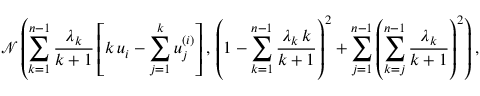
\mathcal { N } \left( \sum _ { k = 1 } ^ { n - 1 } \frac { \lambda _ { k } } { k + 1 } \left[ k \, u _ { i } - \sum _ { j = 1 } ^ { k } u _ { j } ^ { ( i ) } \right] , \, \left( 1 - \sum _ { k = 1 } ^ { n - 1 } \frac { \lambda _ { k } \, k } { k + 1 } \right) ^ { 2 } + \sum _ { j = 1 } ^ { n - 1 } \left( \sum _ { k = j } ^ { n - 1 } \frac { \lambda _ { k } } { k + 1 } \right) ^ { 2 } \right) ,